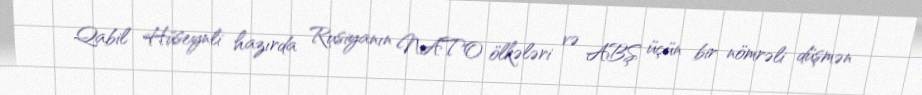
Qabil Hüseynli hazırda Rusiyanın NATO ölkələri və ABŞ üçün bir nömrəli düşmən